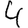
Digit: 4